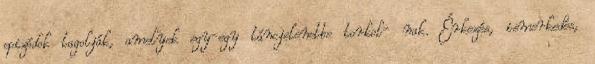
epizódok tagolják, amelyek egy-egy táncjelenetbe torkol- nak. Érkezés, ismerkedés,